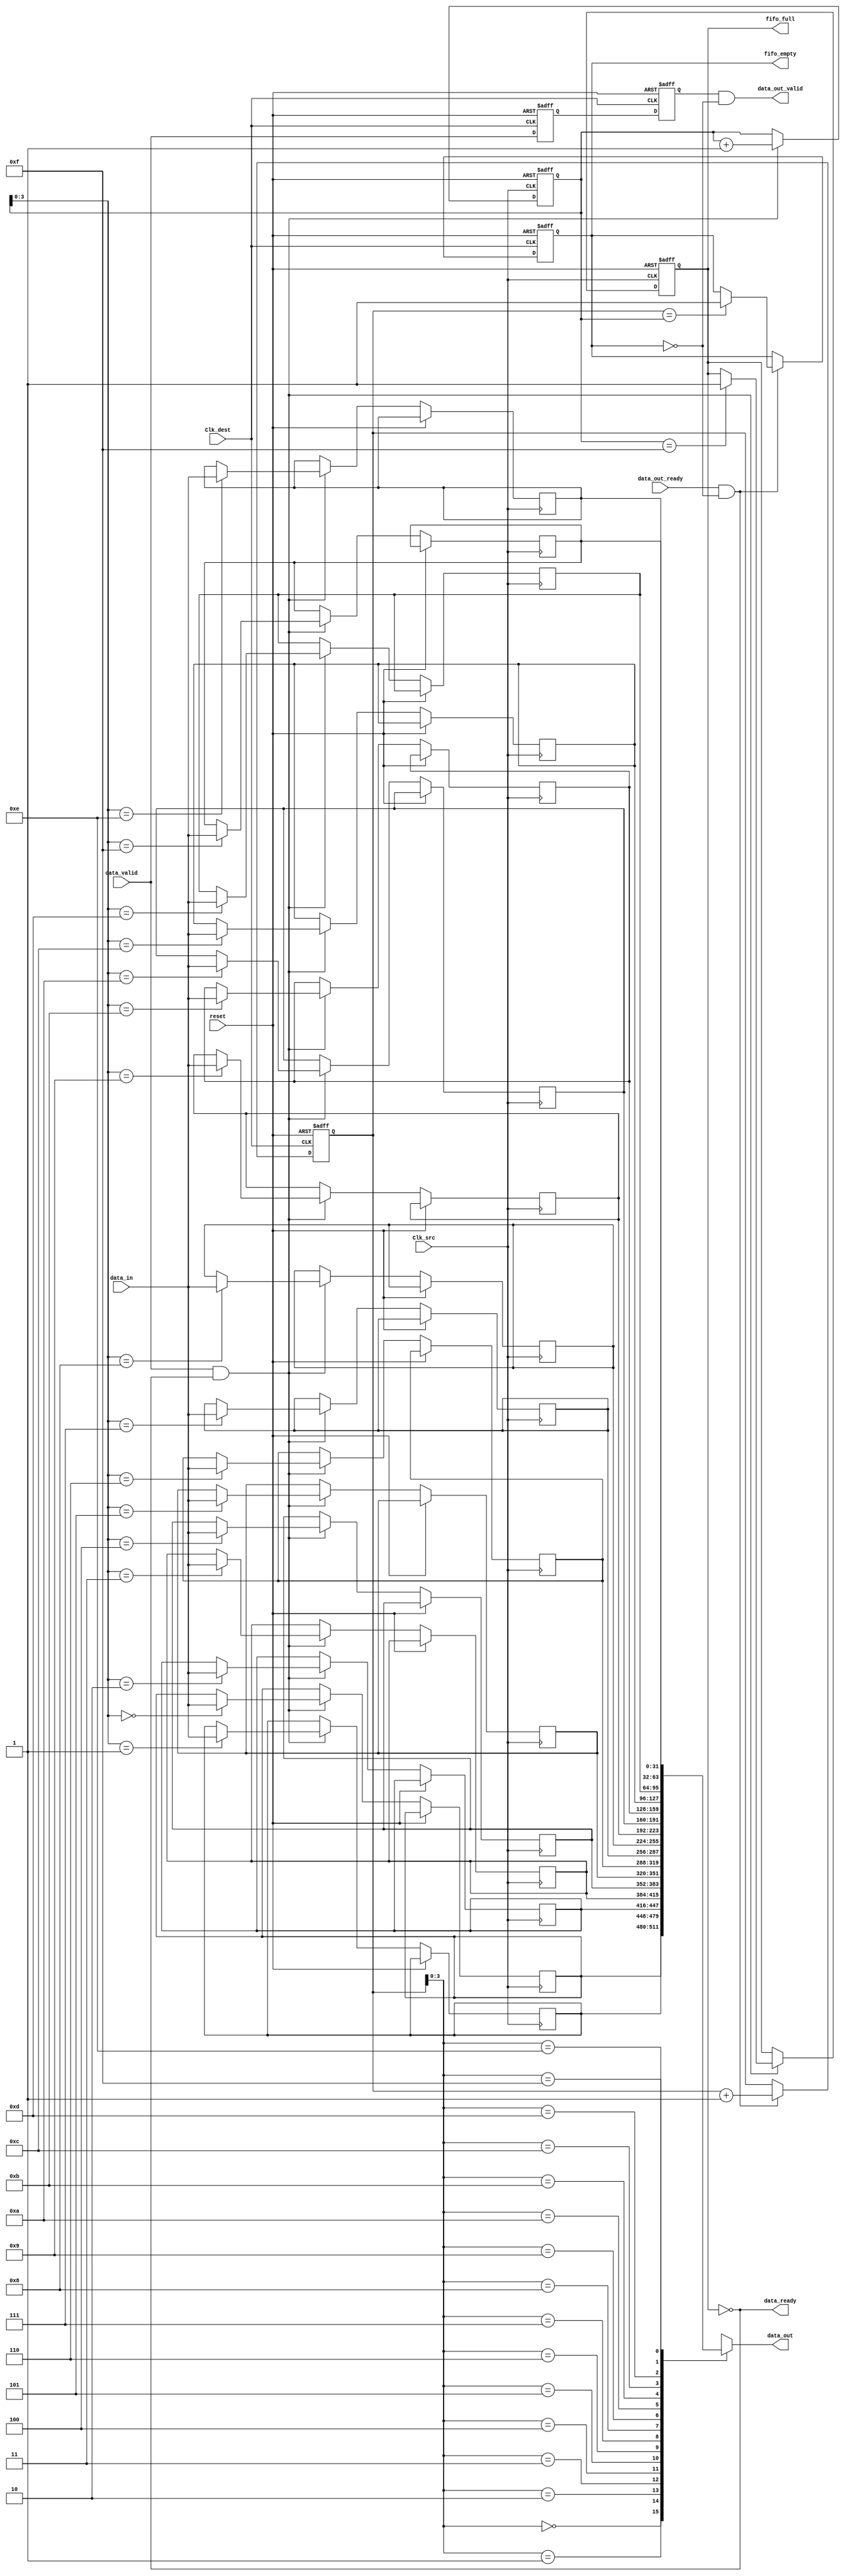
module burst_mode_synchronizer #(
    parameter DATA_WIDTH = 32,
    parameter FIFO_DEPTH = 16
)(
    input wire Clk_src,               // Source clock
    input wire Clk_dest,              // Destination clock
    input wire [DATA_WIDTH-1:0] data_in, // Data input from source clock domain
    input wire data_valid,            // Data valid signal from source clock domain
    output wire data_ready,           // Data ready signal for source clock domain
    output wire [DATA_WIDTH-1:0] data_out, // Synchronized data output to destination clock domain
    output wire data_out_valid,       // Data valid signal for destination clock domain
    input wire data_out_ready,        // Data ready signal from destination clock domain
    output wire fifo_full,            // FIFO full status
    output wire fifo_empty,           // FIFO empty status
    input wire reset                  // Asynchronous reset
);

    // FIFO memory
    reg [DATA_WIDTH-1:0] fifo_mem [0:FIFO_DEPTH-1];
    reg [4:0] write_ptr, read_ptr;
    reg fifo_full_reg, fifo_empty_reg;

    // Write logic (Clk_src domain)
    always @(posedge Clk_src or posedge reset) begin
        if (reset) begin
            write_ptr <= 0;
            fifo_full_reg <= 0;
        end else if (data_valid && !fifo_full_reg) begin
            fifo_mem[write_ptr] <= data_in;
            write_ptr <= write_ptr + 1;
            if (write_ptr == FIFO_DEPTH - 1) begin
                fifo_full_reg <= 1;
            end
        end
    end

    // Read logic (Clk_dest domain)
    always @(posedge Clk_dest or posedge reset) begin
        if (reset) begin
            read_ptr <= 0;
            fifo_empty_reg <= 1;
        end else if (data_out_ready && !fifo_empty_reg) begin
            read_ptr <= read_ptr + 1;
            if (read_ptr == write_ptr) begin
                fifo_empty_reg <= 1;
            end
        end
    end

    // Synchronization logic for control signals
    reg data_valid_sync1, data_valid_sync2;
    always @(posedge Clk_dest or posedge reset) begin
        if (reset) begin
            data_valid_sync1 <= 0;
            data_valid_sync2 <= 0;
        end else begin
            data_valid_sync1 <= data_valid;
            data_valid_sync2 <= data_valid_sync1;
        end
    end

    // Output logic
    assign data_out = fifo_mem[read_ptr];
    assign data_out_valid = data_valid_sync2 && !fifo_empty_reg;
    assign data_ready = !fifo_full_reg;
    assign fifo_full = fifo_full_reg;
    assign fifo_empty = fifo_empty_reg;

endmodule